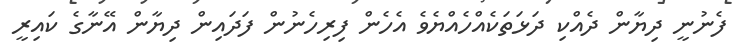
ފެނުނީ ދިޔާން ދެއްކި ދަޅަތަކެއްހެއްޔެވެ އެހެން ފިރިހެނުން ފަދައިން ދިޔާން އޭނާގެ ކައިރީ